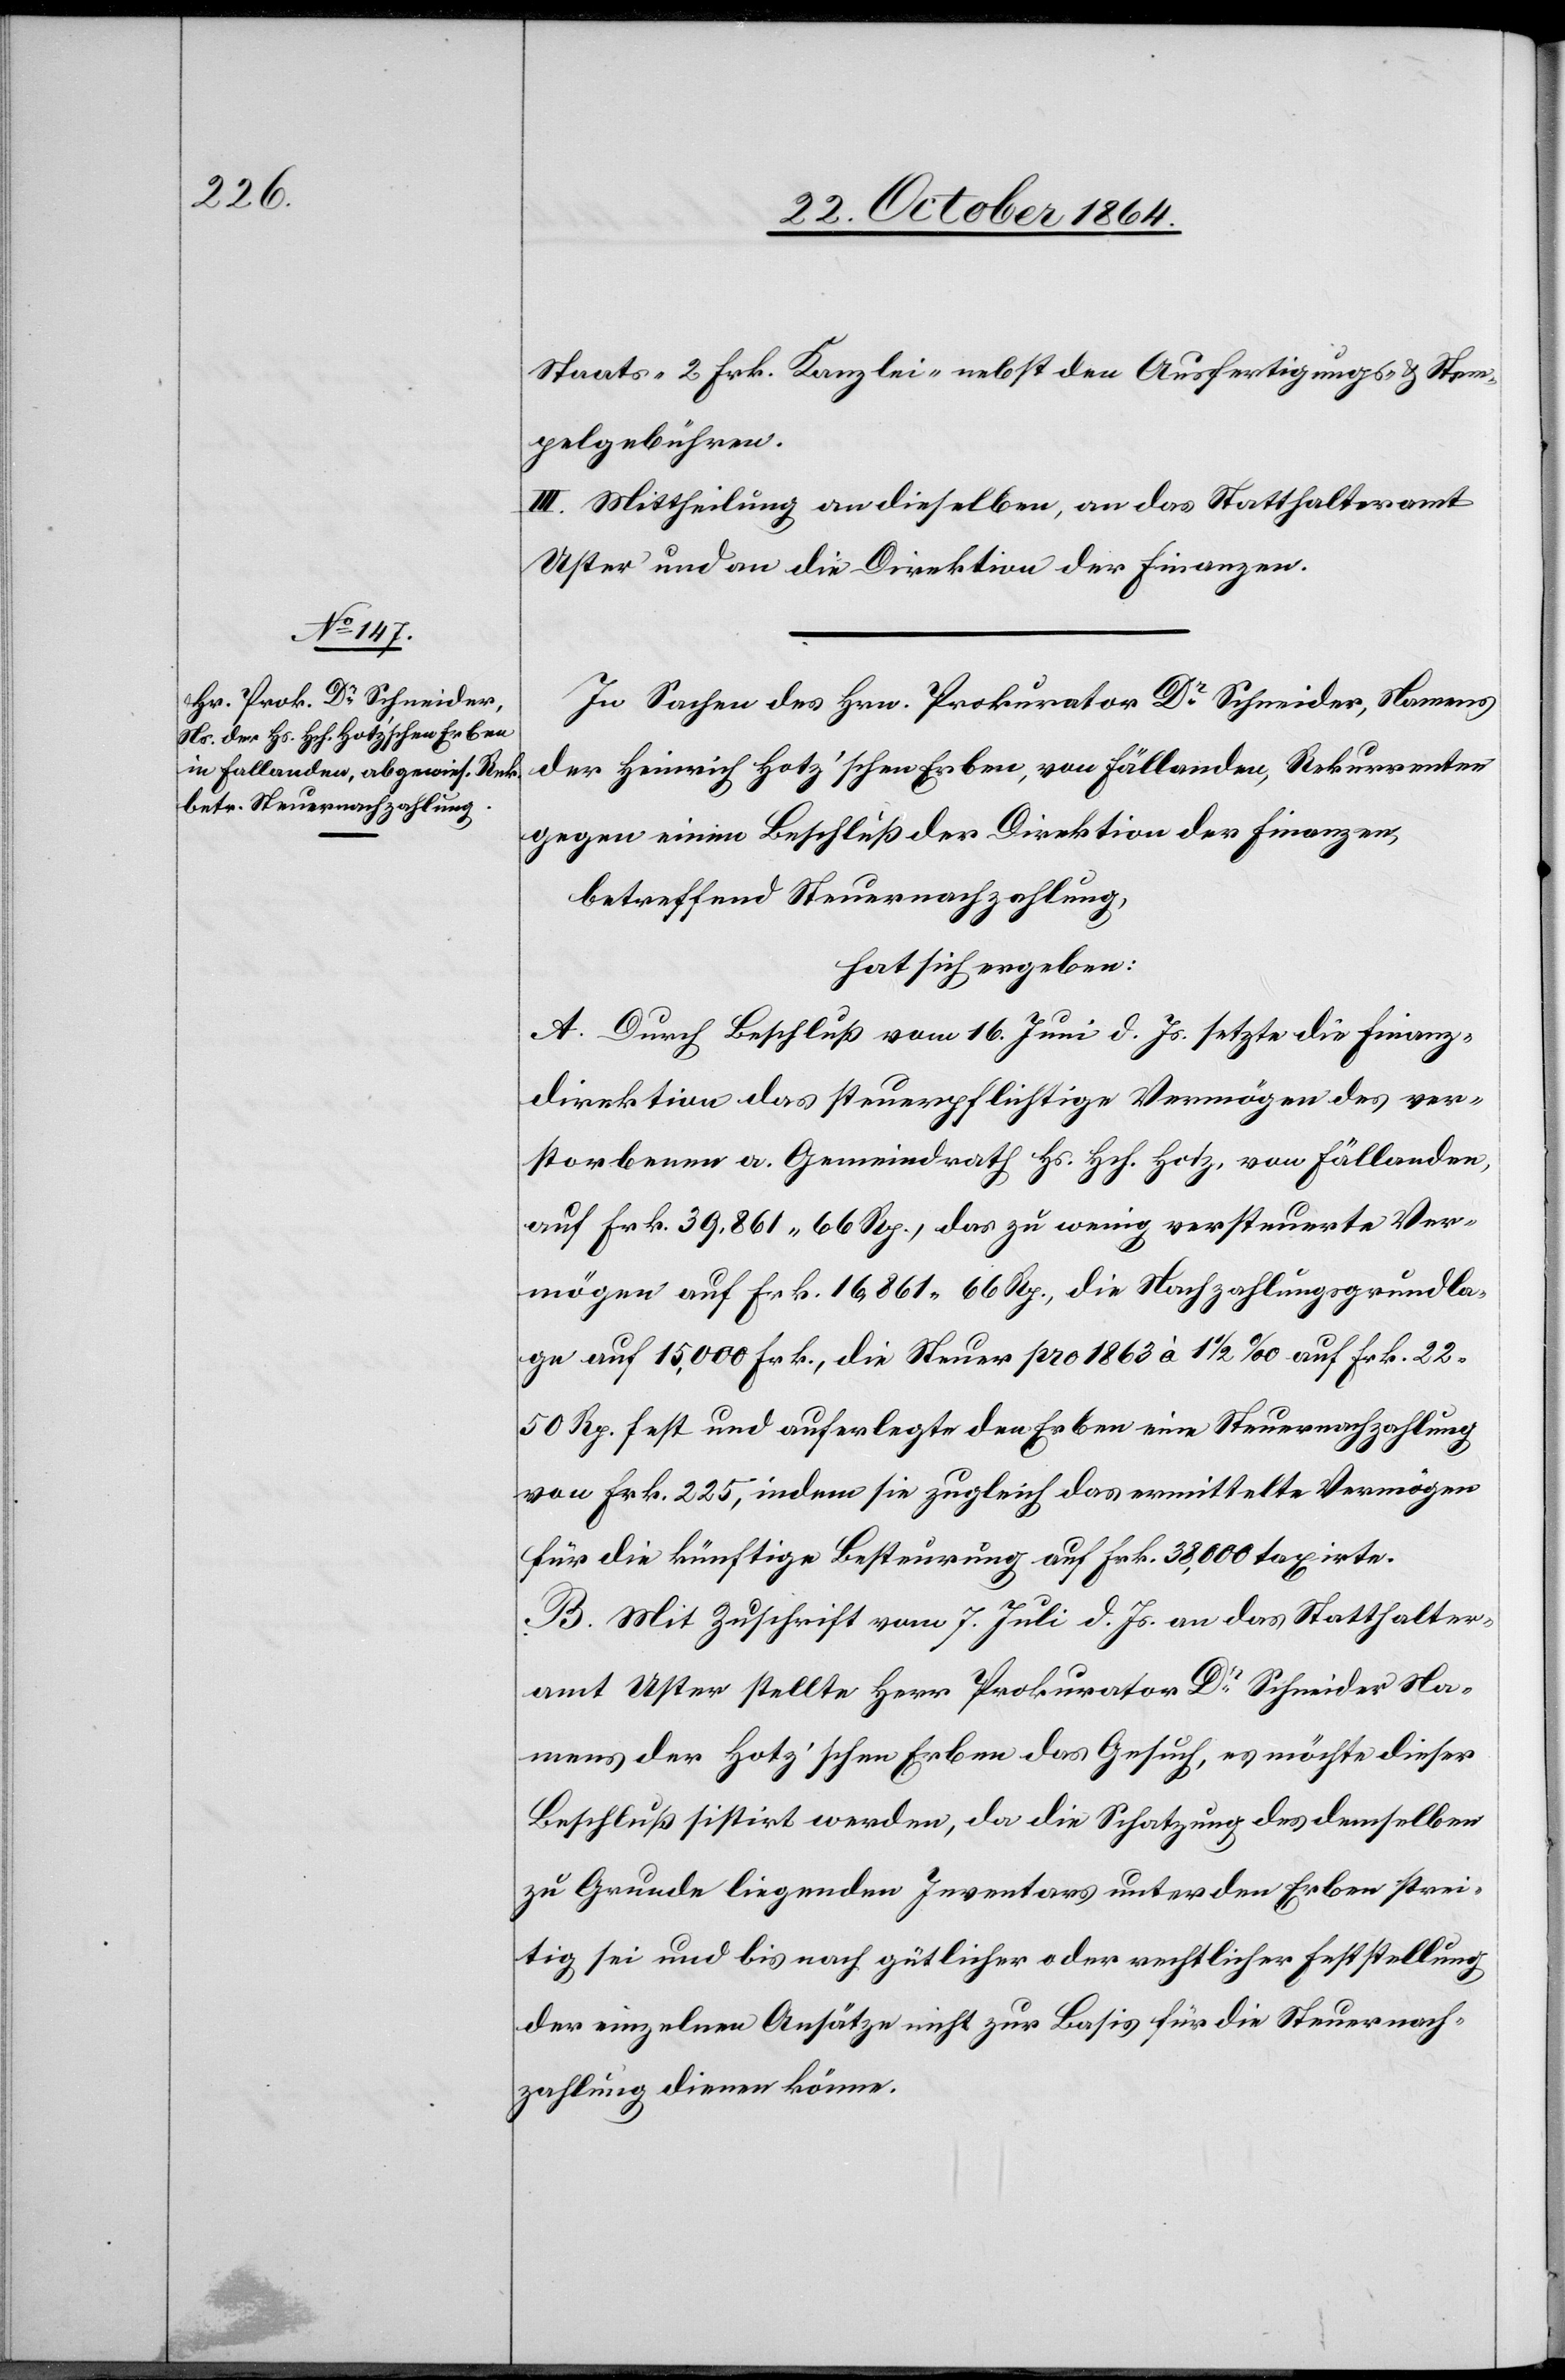
Staats- 2 Frk. Kanzlei- nebst den Ausfertigungs- & Stem¬
pelgebühren.
III. Mittheilung an dieselben, an das Statthalteramt
Uster und an die Direktion der Finanzen.
In Sachen des Hrn. Prokurator Dr Schneider, Namens
der Heinrich Hotz’schen Erben, von Fällanden, Rekurrenten
gegen einen Beschluß der Direktion der Finanzen,
betreffend Steuernachzahlung,
hat sich ergeben:
A. Durch Beschluß vom 16. Juni d. Js. setzte die Finanz¬
direktion das steuerpflichtige Vermögen des ver¬
storbenen a. Gemeindrath Hs. Hch. Hotz, von Fällanden,
auf Frk. 39,861.66 Rp., das zu wenig versteuerte Ver¬
mögen auf Frk. 16,861.66 Rp., die Nachzahlungsgrundla¬
ge auf 15,000 Frk., die Steuer pro 1863 à 1 1/2 ‰ auf Frk. 22.50
Rp. fest und auferlegte den Erben eine Steuernachzahlung
von Frk. 225, indem sie zugleich das ermittelte Vermögen
für die künftige Besteurung auf Frk. 38,000 taxirte.
B. Mit Zuschrift vom 7. Juli d. Js. an das Statthalter¬
amt Uster stellte Herr Prokurator Dr Schneider Na¬
mens der Hotz’schen Erben das Gesuch, es möchte dieser
Beschluß sistirt werden, da die Schatzung des demselben
zu Grunde liegenden Inventars unter den Erben strei¬
tig sei und bis nach gütlicher oder rechtlicher Feststellung
der einzelnen Ansätze nicht zur Basis für die Steuernach¬
zahlung dienen könne.